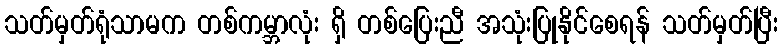
သတ်မှတ်ရုံသာမက တစ်ကမ္ဘာလုံး ရှိ တစ်ပြေးညီ အသုံးပြုနိုင်စေရန် သတ်မှတ်ပြီး